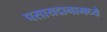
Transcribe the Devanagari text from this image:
पसायदानामध्ये